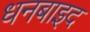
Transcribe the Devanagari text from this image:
धनबाइद